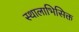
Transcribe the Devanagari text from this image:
स्थालाभिसिक्त